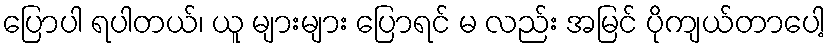
ပြောပါ ရပါတယ်၊ ယူ များများ ပြောရင် မ လည်း အမြင် ပိုကျယ်တာပေါ့